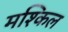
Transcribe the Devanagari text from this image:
मश्किल